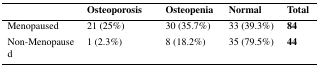
<table><thead><tr><td></td><td><b>Osteoporosis</b></td><td><b>Osteopenia</b></td><td><b>Normal</b></td><td><b>Total</b></td></tr></thead><tbody><tr><td>Menopaused</td><td>21 (25%)</td><td>30 (35.7%)</td><td>33 (39.3%)</td><td><b>84</b></td></tr><tr><td>Non-Menopaused</td><td>1 (2.3%)</td><td>8 (18.2%)</td><td>35 (79.5%)</td><td><b>44</b></td></tr></tbody></table>